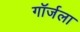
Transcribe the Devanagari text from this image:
गॉर्जला